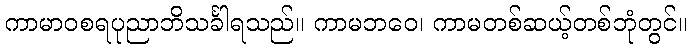
ကာမာဝစရပုညာဘိသင်္ခါရသည်။ ကာမဘဝေ၊ ကာမတစ်ဆယ့်တစ်ဘုံတွင်။